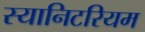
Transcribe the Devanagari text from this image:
स्यानिटरियम